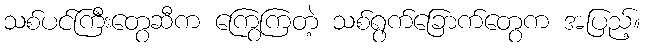
သစ်ပင်ကြီးတွေဆီက ကြွေကြတဲ့ သစ်ရွက်ခြောက်တွေက အပြည့်။